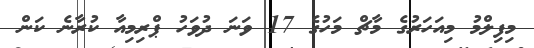
މިފިލްމު މިއަހަރުގެ މާޗް މަހުގެ 17 ވަނަ ދުވަހު ޕްރިމިއާ ކުރާނެ ކަން